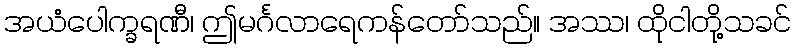
အယံပေါက္ခရဏီ၊ ဤမင်္ဂလာရေကန်တော်သည်။ အဿ၊ ထိုငါတို့သခင်